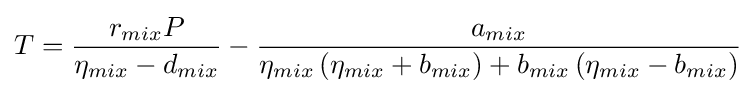
T={\frac {r_{mix}P}{\eta _{mix}-d_{mix}}}-{\frac {a_{mix}}{\eta _{mix}\left(\eta _{mix}+b_{mix}\right)+b_{mix}\left(\eta _{mix}-b_{mix}\right)}}